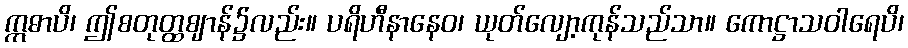
ဣဓာပိ၊ ဤစတုတ္ထဈာန်၌လည်း။ ပရိဟီနာနေဝ၊ ယုတ်လျော့ကုန်သည်သာ။ ကောဋ္ဌာသဝါရေပိ၊